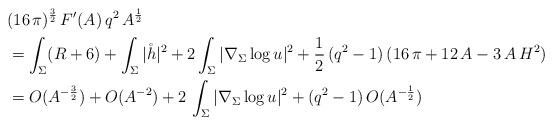
LaTeX: \begin{align*}& (16 \, \pi)^{\frac{3}{2}} \, F' (A) \, q^2 \, A^{\frac{1}{2}}\\& = \int_\Sigma (R + 6) + \int_\Sigma |\mathring h|^2 + 2 \int_\Sigma |\nabla_\Sigma \log u|^2 + \frac{1}{2} \, (q^2 - 1) \, (16 \, \pi + 12 \, A - 3 \, A \, H^2) \\& = O (A^{-\frac{3}{2}}) + O (A^{-2}) + 2 \, \int_\Sigma |\nabla_\Sigma \log u|^2 + (q^2 - 1) \, O (A^{- \frac{1}{2}})\end{align*}